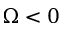
\Omega < 0